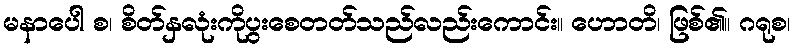
မနာပေါ စ၊ စိတ်နှလုံးကိုပွးစေတတ်သည်လည်းကောင်း။ ဟောတိ၊ ဖြစ်၏။ ဂရုစ၊